Civil Veterinary Department Bihar & Orissa reports 1922-29 - 1922-1929
Year: 1922
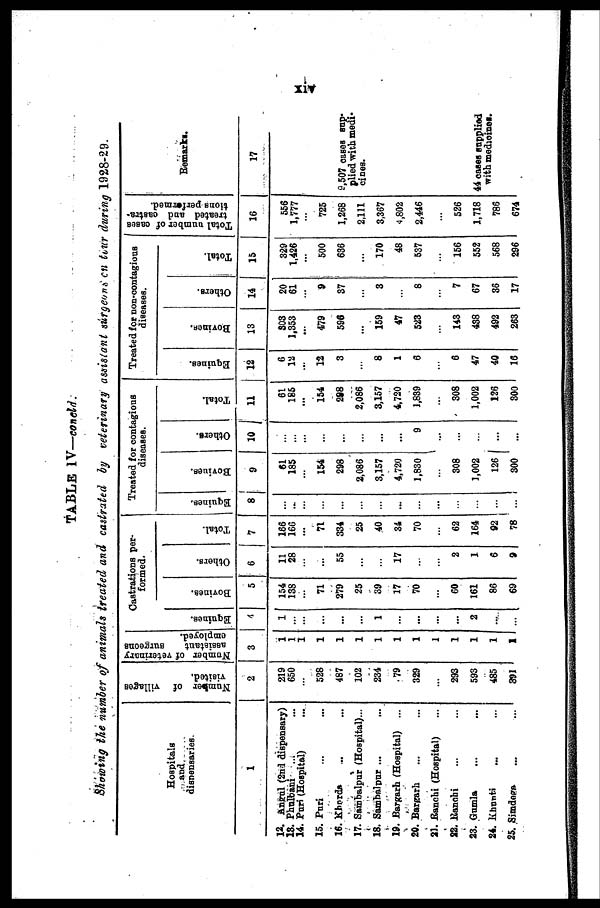
TABLE IV—concld.
Showing the number of animals treated and castrated by veterinary assistant surgeons on tour during 1928-29.
Hospitals
and
dispensaries.
1
12. Angul (2nd dispensary)
13. Phulbani ...
14. Pari (Hospital)
15. Puri
16. Kharda
17. Sambalpur (Hospital)...
18. Sambalpur ...
19. Bargarh (Hospital) ...
20. Bargarh
21. Ranchi (Hospital)
22. Ranchi
23. Gumla
24. Khunti
25. Simdega
Number
of villages
visited.
2
219
650
...
528
487
102
234
79
329
...
293
593
485
391
Number of veterinary
assistant
surgeons
employed.
3
1
1
1
1
1
1
1
1
1
1
1
1
1
1
Castrations per-
formed.
Equines.
4
1
...
...
...
...
...
1
...
...
...
...
2
...
...
Bovines.
5
154
133
...
71
279
25
39
17
70
...
60
161
86
69
Others.
6
11
28
...
...
55
...
...
17
...
...
2
1
6
9
Total.
7
166
166
...
71
334
25
40
34
70
...
62
164
92
78
Treated for contagions
diseases.
Eqnines.
8
...
...
...
...
...
...
...
...
...
...
...
...
...
...
Boviues.
9
61
185
...
154
298
2,086
3,157
4,720
1,830
...
308
1,002
126
300
Others.
10
...
...
...
...
...
...
...
...
9
...
...
...
... ...
Total.
11
61
185
...
154
298
2,086
8,157
4,720
1,839
...
308
1,002
126
300
Treated for non-contagious
diseases.
Equines.
12
6
12
...
12
3
...
8
1
6
...
6
47
40
16
Bovines.
13
303
1,353
...
479
596
...
159
47
523
...
143
438
492
263
Others.
14
20
61
...
9
37
...
8
...
8
...
7
67
36
17
Total.
15
329
1,426
...
500
636
...
170
48
537
...
156
552
568
296
Total number of cases
treated and castra-
tions performed.
16
556
1,777
...
725
1,268
2,111
3,367
4,802
2,446
...
526
1,718
786
674
Remarks.
17
9,507 cases sup-
plied with medi-
cines.
44 oases supplied
with medicines.